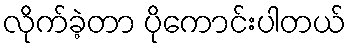
လိုက်ခဲ့တာ ပိုကောင်းပါတယ်